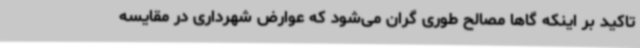
تاکید بر اینکه گاها مصالح طوری گران می‌شود که عوارض شهرداری در مقایسه